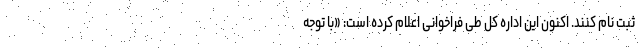
ثبت نام کنند. اکنون این اداره کل طی فراخوانی اعلام کرده است: «با توجه